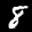
Label: 8